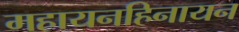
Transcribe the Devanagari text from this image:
महायनहिनायन